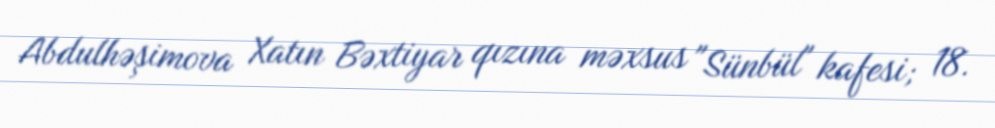
Abdulhəşimova Xatın Bəxtiyar qızına məxsus "Sünbül" kafesi; 18.